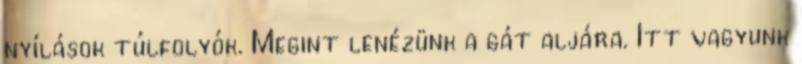
nyílások túlfolyók. Megint lenézünk a gát aljára. Itt vagyunk